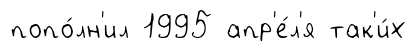
попо́лн'ил 1995 апр'е́л'я так'и́х